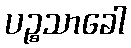
ပဉ္စသာခေါ